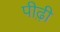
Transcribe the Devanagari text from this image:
पीढ़़ी